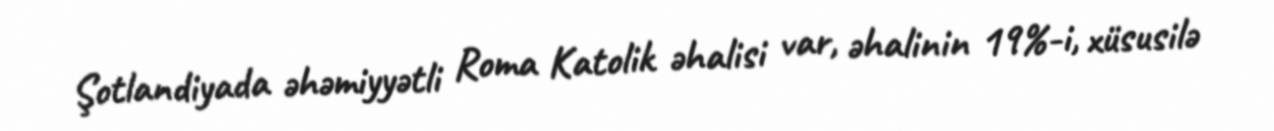
Şotlandiyada əhəmiyyətli Roma Katolik əhalisi var, əhalinin 19%-i, xüsusilə